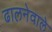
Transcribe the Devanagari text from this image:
ढालनेवाले